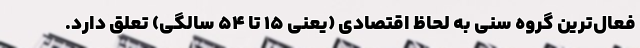
فعال‌ترین گروه سنی به لحاظ اقتصادی (یعنی ۱۵ تا ۵۴ سالگی) تعلق دارد.